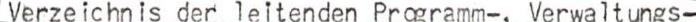
Verzeichnis der leitenden Programm-, Verwaltungs-